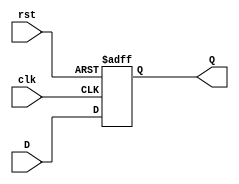
`timescale 1ns / 1ps
//////////////////////////////////////////////////////////////////////////////////
// Company: 
// Engineer: 
// 
// Design Name: 
// Module Name:    DFF 
// Project Name: 
// Target Devices: 
// Tool versions: 
// Description: 
//
// Dependencies: 
//
// Revision: 
// Revision 0.01 - File Created
// Additional Comments: 
//
//////////////////////////////////////////////////////////////////////////////////
module DFF(Q,D,clk,rst);
input D,clk,rst;
output reg Q;

always @(posedge clk or posedge rst)
begin
	if(rst)
		Q = 0;
	else
		Q = D;
end
endmodule